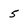
Character: 5